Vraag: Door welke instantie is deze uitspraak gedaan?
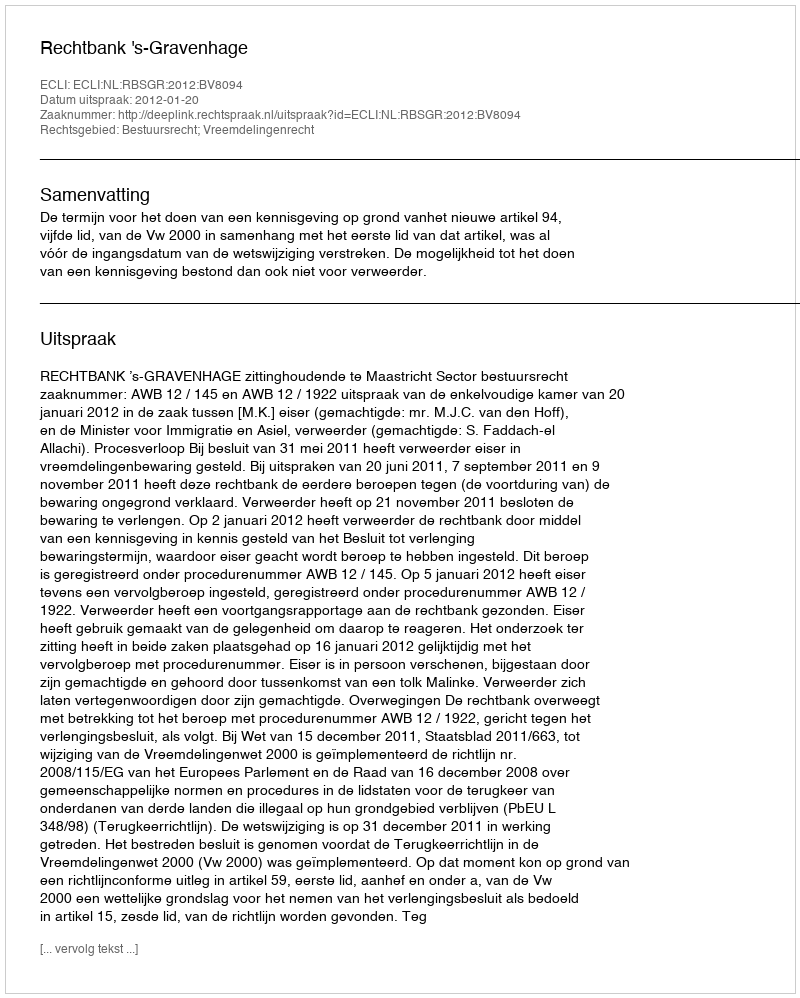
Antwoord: Rechtbank 's-Gravenhage